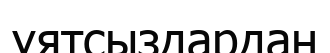
ұятсыздардан